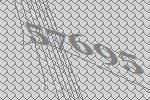
57695